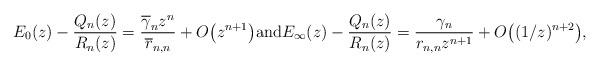
LaTeX: \begin{align*} E_{0}(z) - \frac{Q_{n}(z)}{R_{n}(z)} = \frac{\overline{\gamma}_{n}z^{n}}{\overline{r}_{n,n}} + O\big(z^{n+1}\big) \mbox{and} E_{\infty}(z) - \frac{Q_{n}(z)}{R_{n}(z)} = \frac{\gamma_{n}}{r_{n,n}z^{n+1}} + O\big((1/z)^{n+2}\big),\end{align*}